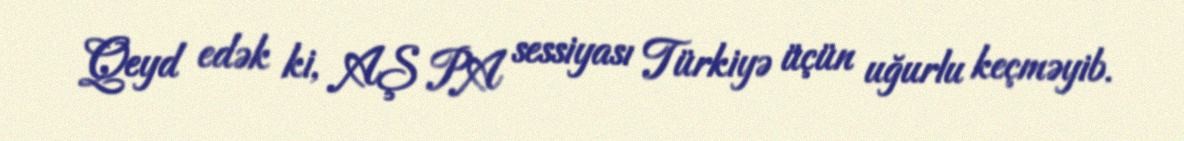
Qeyd edək ki, AŞ PA sessiyası Türkiyə üçün uğurlu keçməyib.